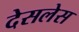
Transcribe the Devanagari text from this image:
देसलेस